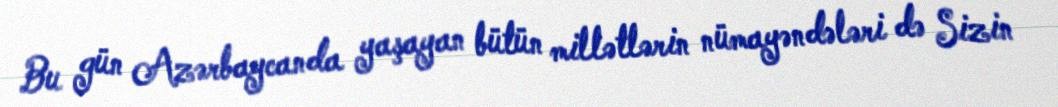
Bu gün Azərbaycanda yaşayan bütün millətlərin nümayəndələri də Sizin